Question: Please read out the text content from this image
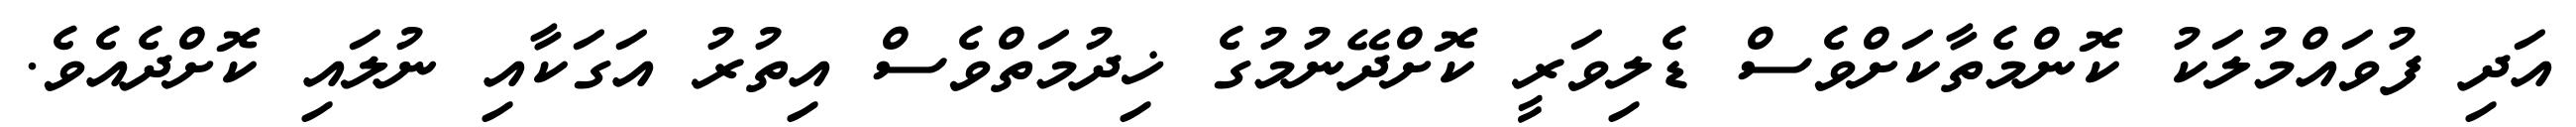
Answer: އަދި ފުވައްމުލަކު ކޮންމެތާކަށްވެސް ޑެލިވަރީ ކޮށްދޭނުމުގެ ޚިދުމަތްވެސް އިތުރު އަގަކާއި ނުލައި ކޮށްދެއެވެ.